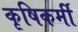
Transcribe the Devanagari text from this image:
कृषिकर्मी